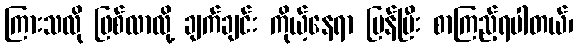
ကြားသလို ဖြစ်လာလို့ ချက်ချင်း ကိုယ့်နေရာ ပြန်ပြီး စာကြည့်ရပါတယ်၊